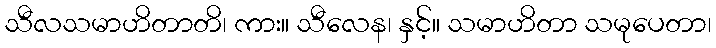
သီလသမာဟိတာတိ၊ ကား။ သီလေန၊ နှင့်။ သမာဟိတာ သမုပေတာ၊